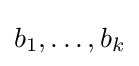
b_{1},\dots ,b_{k}